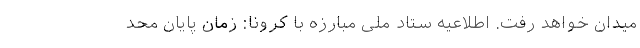
میدان خواهد رفت. اطلاعیه ستاد ملی مبارزه با کرونا: زمان پایان محد